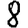
Digit: 8